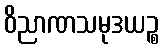
ဝိညာဏသမုဒယဉ္စ